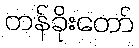
တန်ခိုးတော်